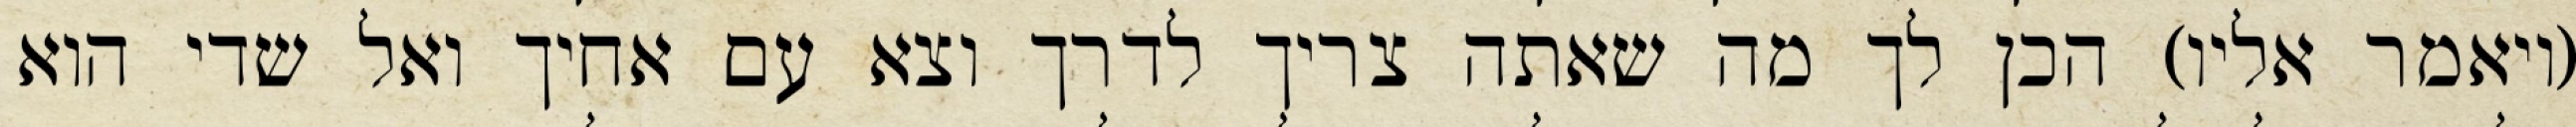
(ויאמר אליו) הכן לך מה שאתה צריך לדרך וצא עם אחיך ואל שדי הוא